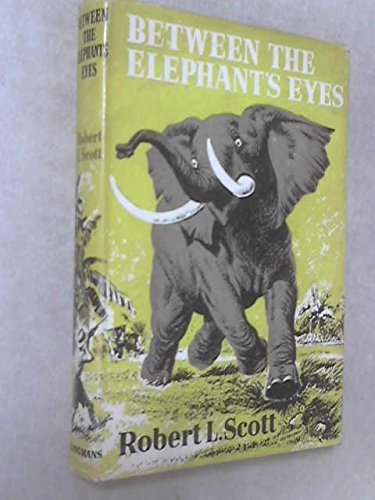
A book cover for Between the Elephant's Eyes; Robert L. Scott; Travel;